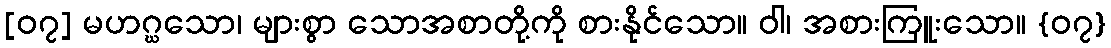
[၀၇] မဟဂ္ဃသော၊ များစွာ သောအစာတို့ကို စားနိုင်သော။ ဝါ၊ အစားကြူးသော။ {၀၇}